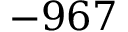
- 9 6 7